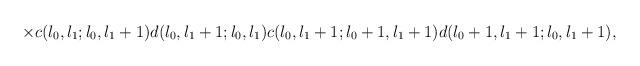
LaTeX: \begin{align*}\times c(l_{0},l_{1};l_{0},l_{1}+1) d(l_{0},l_{1}+1;l_{0},l_{1})c(l_{0},l_{1}+1;l_{0}+1,l_{1}+1) d(l_{0}+1,l_{1}+1;l_{0},l_{1}+1),\end{align*}